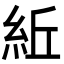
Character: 𥿤